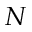
N